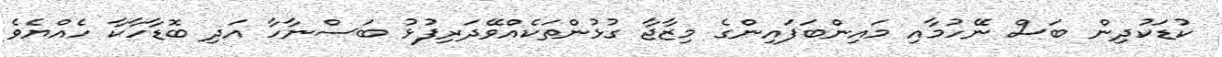
ކުޑަކުދިން ބަސް ނޭހުމާއި މައިންބަފައިންގެ މިޒާޖާ ގުޅުންތަކެއްވޭދަރިފުޅު ބަސްނާހާ އަދި ބޮޑާހާކާ ހެއްޔެވެ